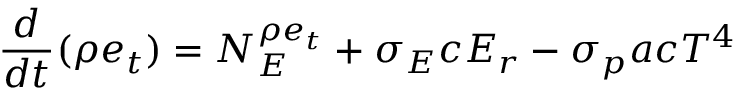
\frac { d } { d t } ( \rho e _ { t } ) = N _ { E } ^ { \rho e _ { t } } + \sigma _ { E } c E _ { r } - \sigma _ { p } a c T ^ { 4 }